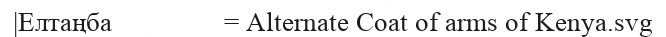
|Елтаңба                = Alternate Coat of arms of Kenya.svg